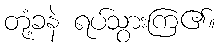
တုံ့ခနဲ ရပ်သွားကြ၏။